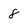
Character: 8